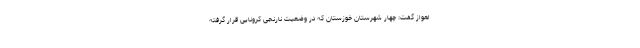
اهواز گفت: چهار شهرستان خوزستان که در وضعیت نارنجی کرونایی قرار گرفته